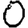
Digit: 0